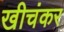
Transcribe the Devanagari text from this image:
खीचंकर